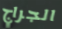
الجراج